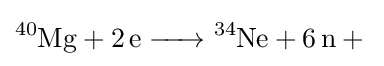
{\ce {^40Mg + 2e -> ^34Ne + 6n +}}